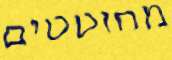
מחוטטים